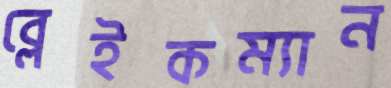
ব্লেইকম্যান